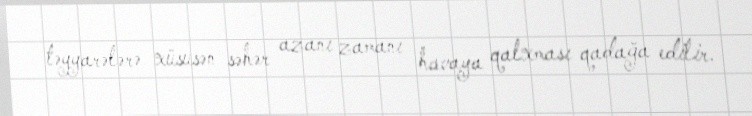
təyyarələrə xüsusən səhər azanı zamanı havaya qalxması qadağa edilir.